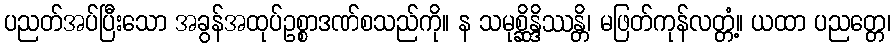
ပညတ်အပ်ပြီးသော အခွန်အထုပ်ဥစ္စာဒဏ်စသည်ကို။ န သမုစ္ဆိန္ဒိဿန္တိ၊ မဖြတ်ကုန်လတ္တံ့။ ယထာ ပညတ္တေ၊